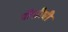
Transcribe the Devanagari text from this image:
पीसीची